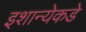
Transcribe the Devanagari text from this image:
इशान्येकडे